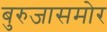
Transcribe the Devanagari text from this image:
बुरुजासमोर